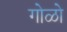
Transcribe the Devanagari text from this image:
गोळो